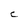
Character: C